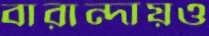
বারান্দায়ও